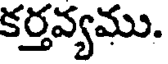
కర్తవ్యము.